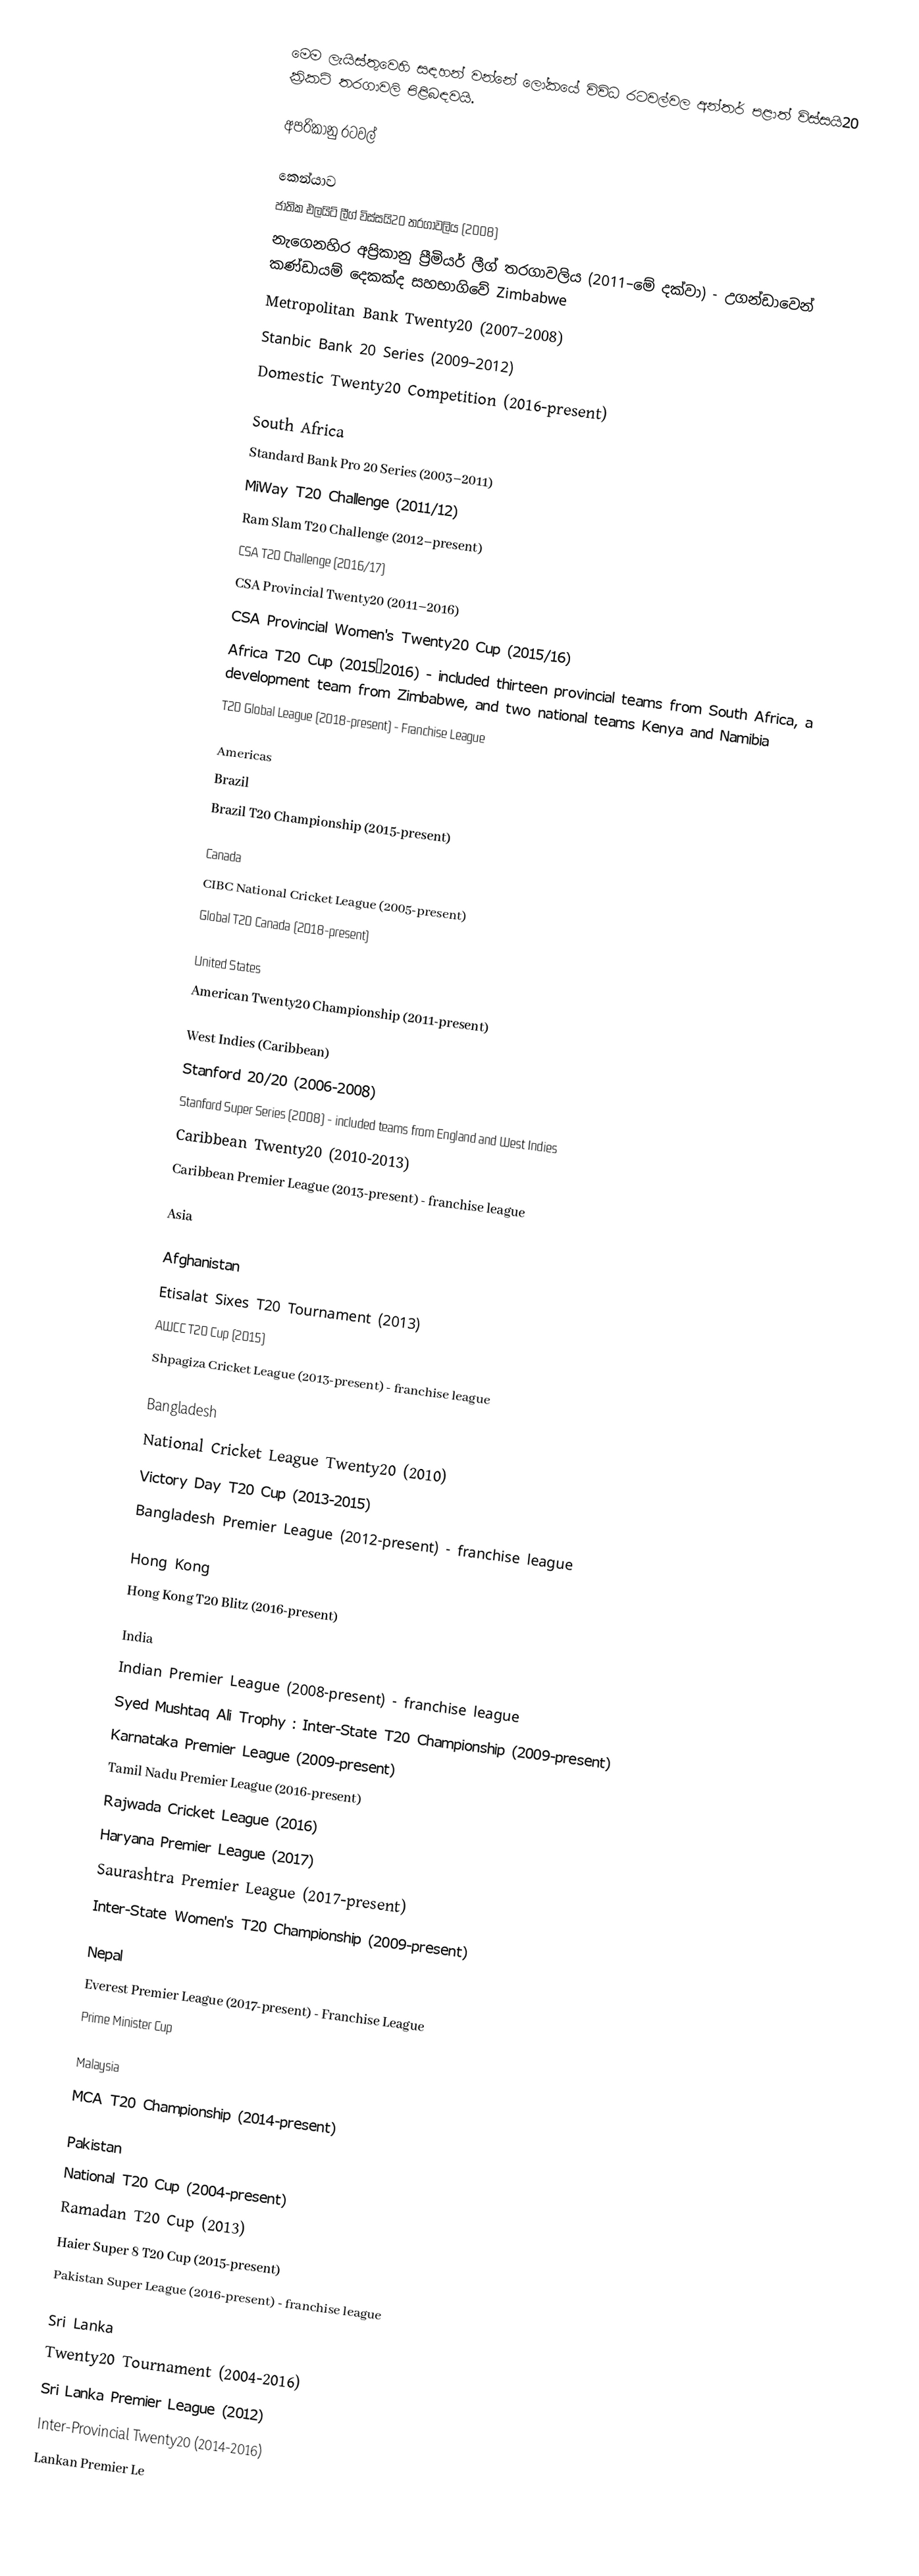
මෙම ලැයිස්තුවෙහි සඳහන් වන්නේ ලෝකයේ විවිධ රටවල්වල අන්තර් පළාත් විස්සයි20 ක්‍රිකට් තරගාවලි පිළිබඳවයි.

අප‍්‍රිකානු රටවල්

කෙන්යාව
ජාතික එලයිට් ලීග් විස්සයි20 තරගාවලිය (2008)
නැගෙනහිර අප්‍රිකානු ප්‍රීමියර් ලීග් තරගාවලිය (2011–මේ දක්වා) - උගන්ඩාවෙන් කණ්ඩායම් දෙකක්ද සහභාගිවේ  Zimbabwe
Metropolitan Bank Twenty20 (2007–2008)
Stanbic Bank 20 Series (2009–2012)
Domestic Twenty20 Competition (2016-present)

  South Africa
Standard Bank Pro 20 Series (2003–2011)
MiWay T20 Challenge (2011/12)
Ram Slam T20 Challenge (2012–present)
CSA T20 Challenge (2016/17)
CSA Provincial Twenty20 (2011–2016)
CSA Provincial Women's Twenty20 Cup (2015/16)
Africa T20 Cup (2015–2016) - included thirteen provincial teams from South Africa, a development team from Zimbabwe, and two national teams Kenya and Namibia
T20 Global League (2018-present) - Franchise League

 Americas
  Brazil
Brazil T20 Championship (2015-present)

  Canada
CIBC National Cricket League (2005-present)
Global T20 Canada (2018-present)

  United States
American Twenty20 Championship (2011-present)

  West Indies (Caribbean)
Stanford 20/20 (2006-2008)
Stanford Super Series (2008) - included teams from England and West Indies
Caribbean Twenty20 (2010-2013)
Caribbean Premier League (2013-present) - franchise league

Asia

Afghanistan
Etisalat Sixes T20 Tournament (2013)
AWCC T20 Cup (2015)
Shpagiza Cricket League (2013-present) - franchise league

Bangladesh
National Cricket League Twenty20 (2010)
Victory Day T20 Cup (2013-2015)
Bangladesh Premier League (2012-present) - franchise league

Hong Kong
Hong Kong T20 Blitz (2016-present)

India
Indian Premier League (2008-present) - franchise league
Syed Mushtaq Ali Trophy : Inter-State T20 Championship (2009-present)
Karnataka Premier League (2009-present)
Tamil Nadu Premier League (2016-present)
Rajwada Cricket League (2016)
Haryana Premier League (2017)
Saurashtra Premier League (2017-present)
Inter-State Women's T20 Championship (2009-present)

Nepal
 Everest Premier League (2017-present) - Franchise League
 Prime Minister Cup

Malaysia
MCA T20 Championship (2014-present)

Pakistan
National T20 Cup (2004-present)
Ramadan T20 Cup (2013)
Haier Super 8 T20 Cup (2015-present)
Pakistan Super League (2016-present) - franchise league

Sri Lanka
Twenty20 Tournament (2004-2016)
Sri Lanka Premier League (2012)
Inter-Provincial Twenty20 (2014-2016)
Lankan Premier Le